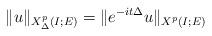
LaTeX: \begin{align*}\| u \|_{X^p_\Delta(I;E)} = \| e^{- it \Delta} u \|_{X^p(I;E)}\end{align*}